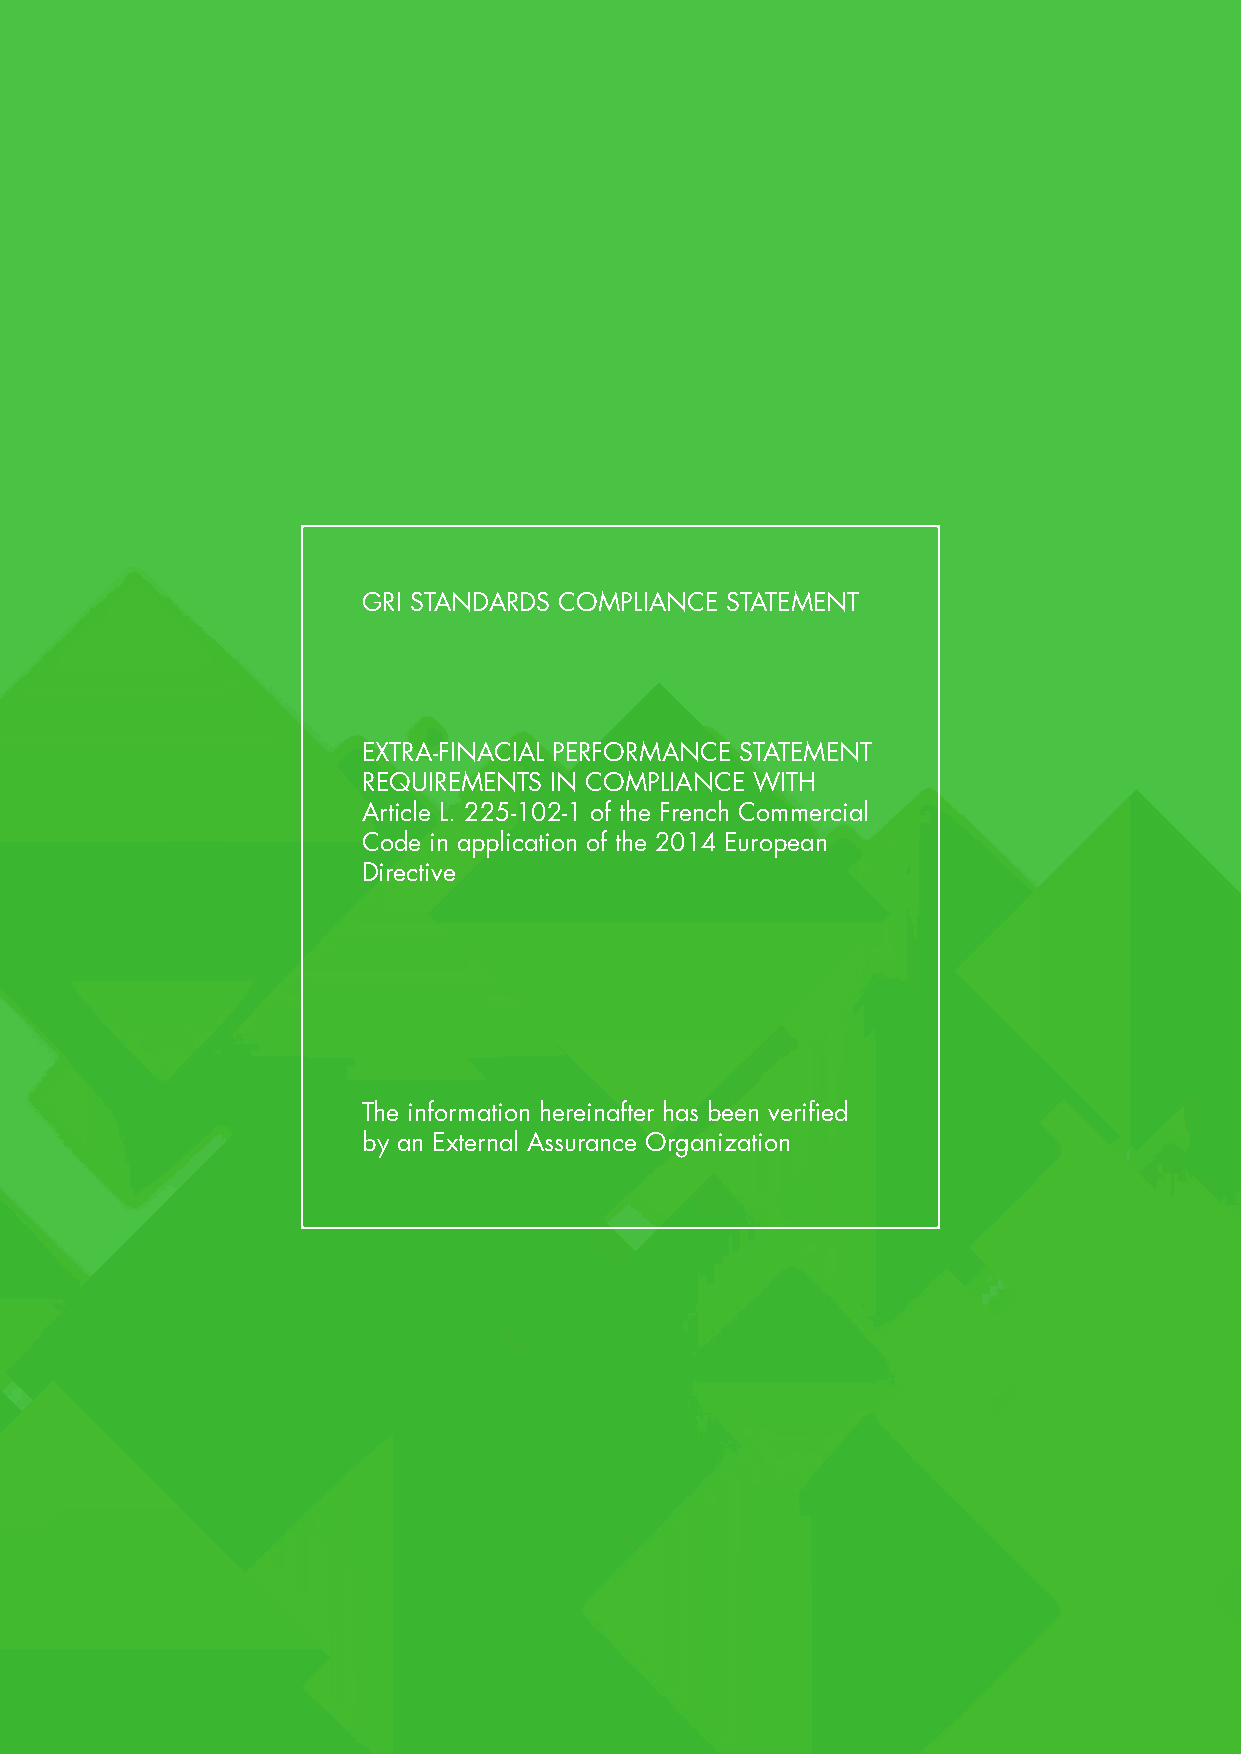
GRI STANDARDS COMPLIANCE STATEMENT
 EXTRA-FINACIAL PERFORMANCE STATEMENT
 REQUIREMENTS IN COMPLIANCE WITH
 Article L. 225-102-1 of the French Commercial
 Code in application of the 2014 European
 Directive
 The information hereinafter has been verified
 by an External Assurance Organization